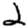
Digit: 2